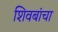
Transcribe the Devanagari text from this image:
शिवबांचा